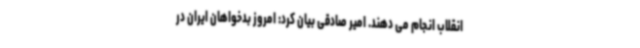
انقلاب انجام می دهند. امیر صادقی بیان کرد: امروز بدخواهان ایران در